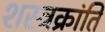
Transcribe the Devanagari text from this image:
शस्त्रक्रांति